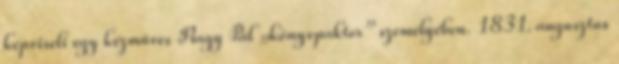
képviseli egy kézműves Nagy Pál „könyvpaktor” személyében. 1831. augusztus